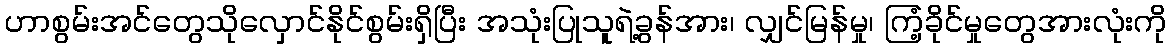
ဟာစွမ်းအင်တွေသိုလှောင်နိုင်စွမ်းရှိပြီး အသုံးပြုသူရဲ့ခွန်အား၊ လျှင်မြန်မှု၊ ကြံ့ခိုင်မှုတွေအားလုံးကို